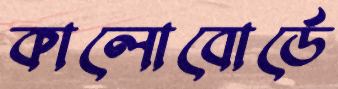
কালোবোর্ডে